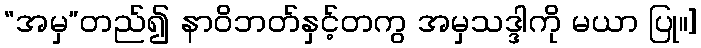
“အမှ”တည်၍ နာဝိဘတ်နှင့်တကွ အမှသဒ္ဒါကို မယာ ပြု။]